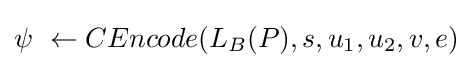
\psi \ \leftarrow CEncode(L_{B}(P),s,u_{1},u_{2},v,e)